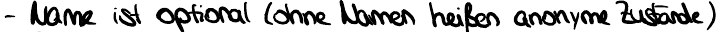
- Name ist optionale (ohne Namen heißen anonyme Zustände)